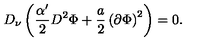
D _ { \nu } \left( \frac { \alpha ^ { \prime } } { 2 } D ^ { 2 } \Phi + \frac { a } { 2 } \left( \partial \Phi \right) ^ { 2 } \right) = 0 .